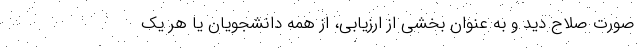
صورت صلاح دید و به عنوان بخشی از ارزیابی، از همه دانشجویان یا هر یک